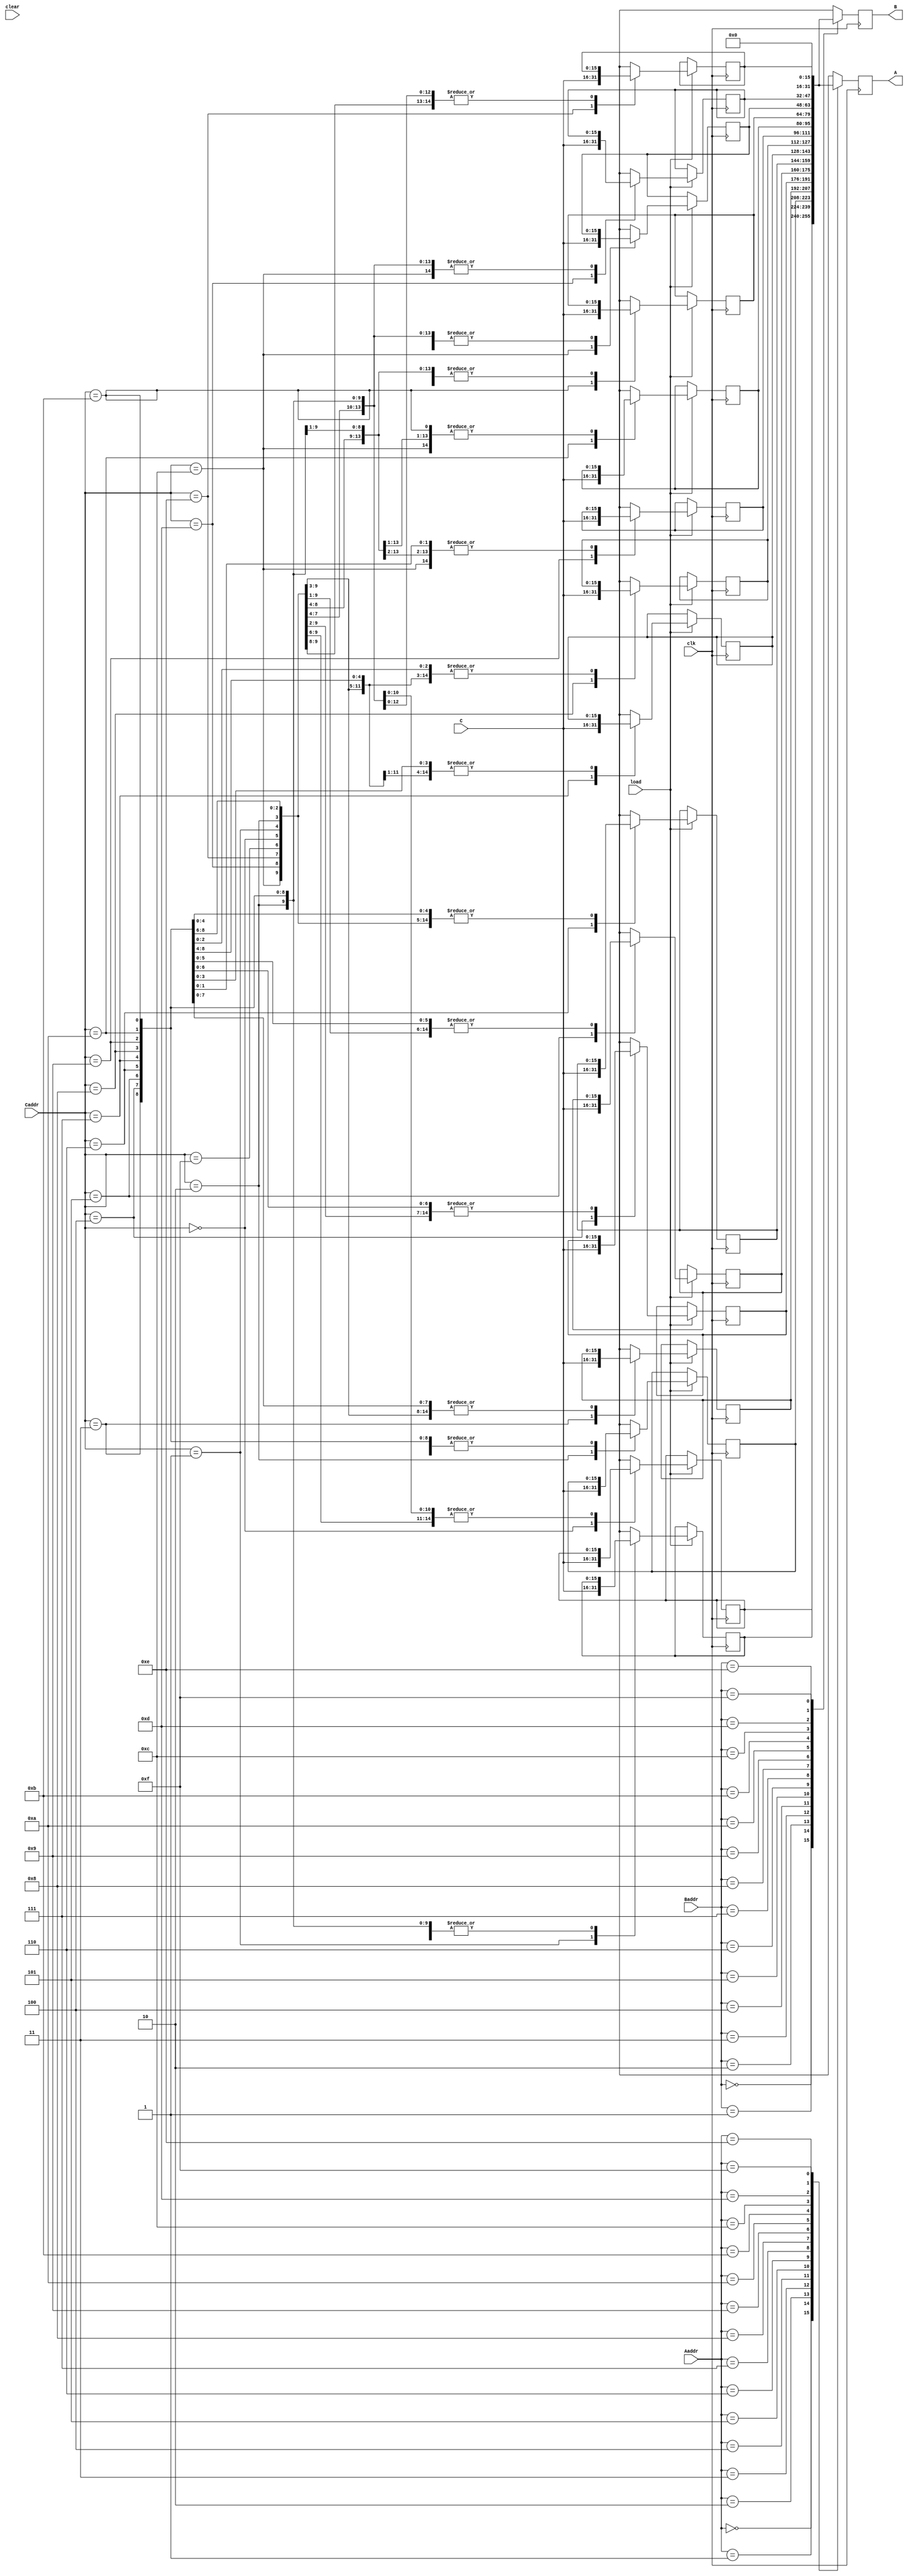
module reg_file(A, B, Aaddr, Baddr, C, Caddr, load, clear, clk);
	input [3:0] Aaddr, Baddr, Caddr;
	input [15:0] C;
	input load, clear, clk;
	output reg [15:0] A, B;

	reg [15:0] regdata [15:0];

	integer i;
	
	initial
	begin
	i = 0;
    for (i = 0;  i < 16; i = i + 1) 
        regdata[i] = 16'd0;
		#2 regdata[0] = 16'd5;
		regdata[1] = 16'd7;
		regdata[12] = 16'd10;
	end
	always
	  #1  regdata[15] = 16'd0; //Con Zero Register
	// write
    always @ (posedge clk) begin
        if (load == 1) 
        regdata[Caddr] = C;   
        end
	always @ (posedge clk) 
        begin


//            if (clear == 0) 
//                begin
//                    i = 0;
//                    for (i = 0;  i < 16; i = i + 1) 
//                        regdata[i] = 16'd0;
//                end

            A <= regdata[Aaddr]; 
            B <= regdata[Baddr];
        end
endmodule